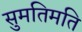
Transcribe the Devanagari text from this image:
सुमतिमति